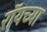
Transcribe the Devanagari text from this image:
रॉयच्या